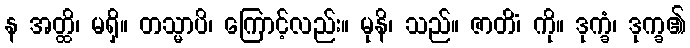
န အတ္ထိ၊ မရှိ။ တသ္မာပိ၊ ကြောင့်လည်း။ မုနိ၊ သည်။ ဇာတိံ၊ ကို။ ဒုက္ခံ၊ ဒုက္ခ၏